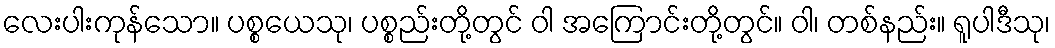
လေးပါးကုန်သော။ ပစ္စယေသု၊ ပစ္စည်းတို့တွင် ဝါ အကြောင်းတို့တွင်။ ဝါ၊ တစ်နည်း။ ရူပါဒီသု၊